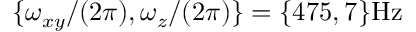
\{ \omega _ { x y } / ( 2 \pi ) , \omega _ { z } / ( 2 \pi ) \} = \{ 4 7 5 , 7 \} \mathrm { H z }